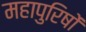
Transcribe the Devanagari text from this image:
महापुरिषों